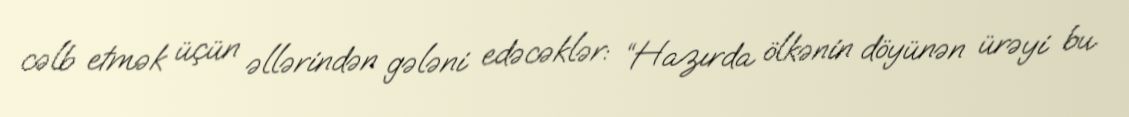
cəlb etmək üçün əllərindən gələni edəcəklər: “Hazırda ölkənin döyünən ürəyi bu